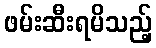
ဖမ်းဆီးရမိသည့်